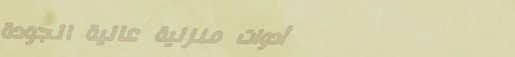
أدوات منزلية عالية الجودة